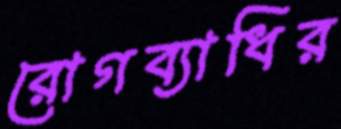
রোগব্যাধির